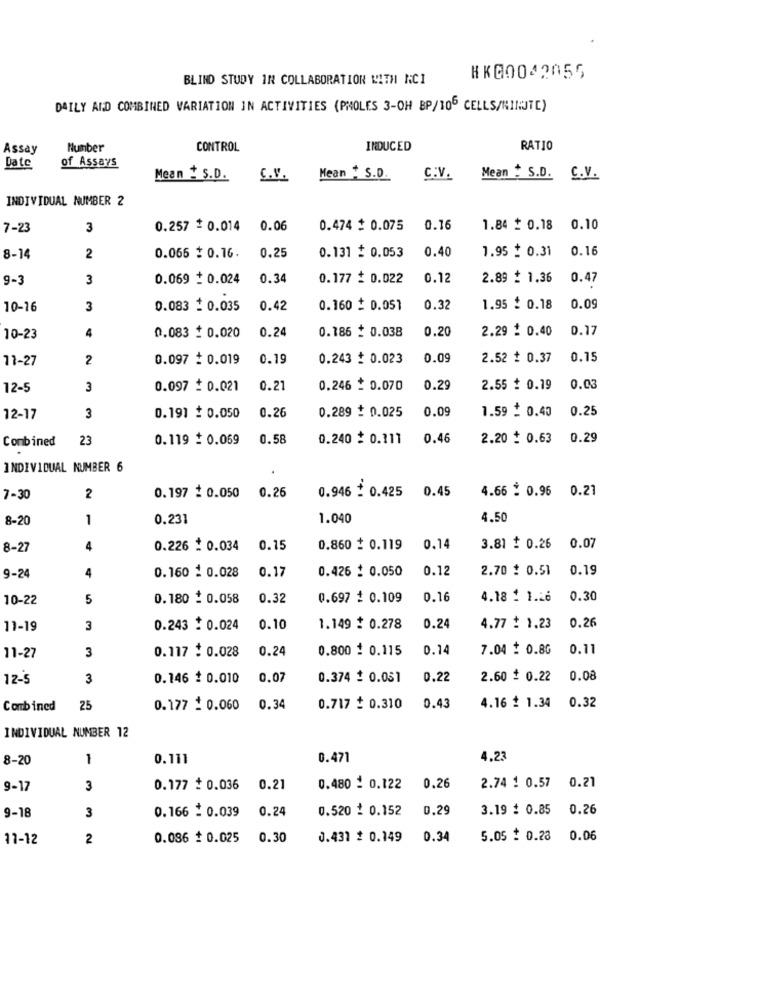
BLIND STUDY IN COLLABORATION WITH NCI
HK00042055
DAILY AND COMBINED VARIATION IN ACTIVITIES (PMOLES 3-OH BP/106 CELLS/MINUTE)
Assay
Number
CONTROL
INDUCED
RATIO
of Assays
Date
Mean : S.D.
C.V.
Mean . S.D.
C.V.
Mean . S.D. C.V.
INDIVIDUAL NUMBER 2
7-23
3
0.257 + 0.014
0.06
0.474 $ 0.075
0.16
1.84 + 0.18
0.10
0.066 $ 0.16.
0.131 : 0.053
0.40
1.95 : 0.31
0.16
8-14
2
0.25
9-3
3
0.069 : 0.024
0.34
0.177 : 0.022
0.12
2.89 : 1.36
0.47
10-16
3
0.083 : 0.035
0.42
0.160 = 0.05]
0.32
1.95 : 0.18
0.09
4
0.083 : 0.020
0.186 _ 0.038
0.20
2.29 : 0.40
0.17
10-23
0.24
11-27
2
0.097 : 0.019
0.19
0.243 + 0.023
0.09
2.52 + 0.37
0.15
12-5
3
0.097 : 0.021
0.21
0.246 _ 0.070
0.29
2.55 + 0.19
0.03
0.26
0.289 + 0.025
0.09
1.59 + 0.40
0.25
12-17
3
0.191 + 0.050
Combined
23
0.119 : 0.069
0.58
0.240 = 0.111
0.46
2.20 = 0.63
0.29
INDIVIDUAL NUMBER 6
0.26
0.946 - 0.425
0.45
4.66 : 0.96 0.21
7-30
2
0.197 : 0.050
8-20
1
0.231
1.040
4.50
8-27
4
0.226 : 0.034
0.15
0.860 $ 0.119
0.14
3.81 : 0.26
0.07
0.17
0.426 : 0.050
0.12
2.70 $ 0.51
0.19
9-24
4
0.160 : 0.028
10-22
5
0.180 : 0.058
0.32
0.697 # 0.109
0.16
4.18 : 1.26
0.30
0.26
11-19
3
0.243 : 0.024
0.10
1.149 : 0.278
0.24
4.77 : 1.23
3
0.117 :0.028
0.24
0.800 : 0.115
0.14
7.04 : 0.8G
0.11
11-27
12-5
3
0.146 $ 0.010
0.07
0.374 : 0.051
0.22
2.60 $ 0.22
0.08
Combined
25
0.177 = 0.060
0.34
0.717 $ 0.310
0.43
4.16 1 1.34 0.32
INDIVIDUAL NUMBER 12
8-20
1
0.111
0.471
4.23
0.21
9-17
3
0.177 + 0.036
0.21
0.480 = 0.122
0.26
2.74 1 0.57
9-18
3
0.24
0.520 1 0.152
0,29
3.19 : 0.85
0.26
0.166 _ 0.039
17-12
2
0.086 # 0.025
0.30
0.431 # 0.149
0.34
5.05 : 0.28
0.06